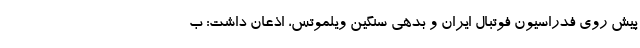
پیش روی فدراسیون فوتبال ایران و بدهی سنگین ویلموتس، اذعان داشت: ب